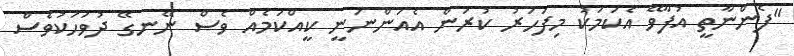
"ފެންނާތީ އުފާވޭ އެކަމަކު މިފަހަރު ކުރަން އެއަންނަނީ ކީއްކަމެއް ވެސް ނޭނގޭ ދުވަހަކުވެސް